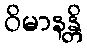
ဝိမာနန္တိ